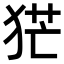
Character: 𤞽